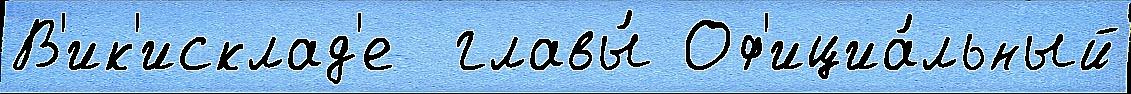
В'ик'исклад'е  главы́ Оф'ициа́льный